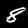
Digit: 8